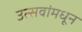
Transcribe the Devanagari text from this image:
उत्सवांमधून